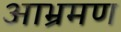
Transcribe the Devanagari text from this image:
आभ्रमण